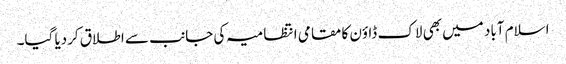
اسلام آباد میں بھی لاک ڈاؤن کا مقامی انتظامیہ کی جانب سے اطلاق کردیا گیا۔